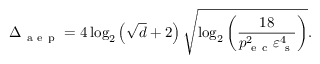
\Delta _ { \mathrm { ~ a ~ e ~ p ~ } } = 4 \log _ { 2 } \left( \sqrt { d } + 2 \right) \sqrt { \log _ { 2 } \left( \frac { 1 8 } { p _ { \mathrm { ~ e ~ c ~ } } ^ { 2 } \varepsilon _ { \mathrm { ~ s ~ } } ^ { 4 } } \right) } .